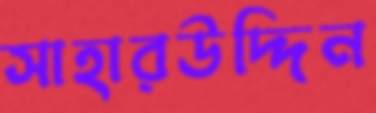
সাহারউদ্দিন